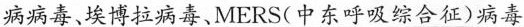
\underline{病病毒、埃博拉病毒、MERS(中东呼吸综合征)病毒}